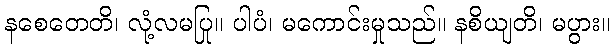
နစေတေတိ၊ လုံ့လမပြု။ ပါပံ၊ မကောင်းမှုသည်။ နစိယျတိ၊ မပွား။